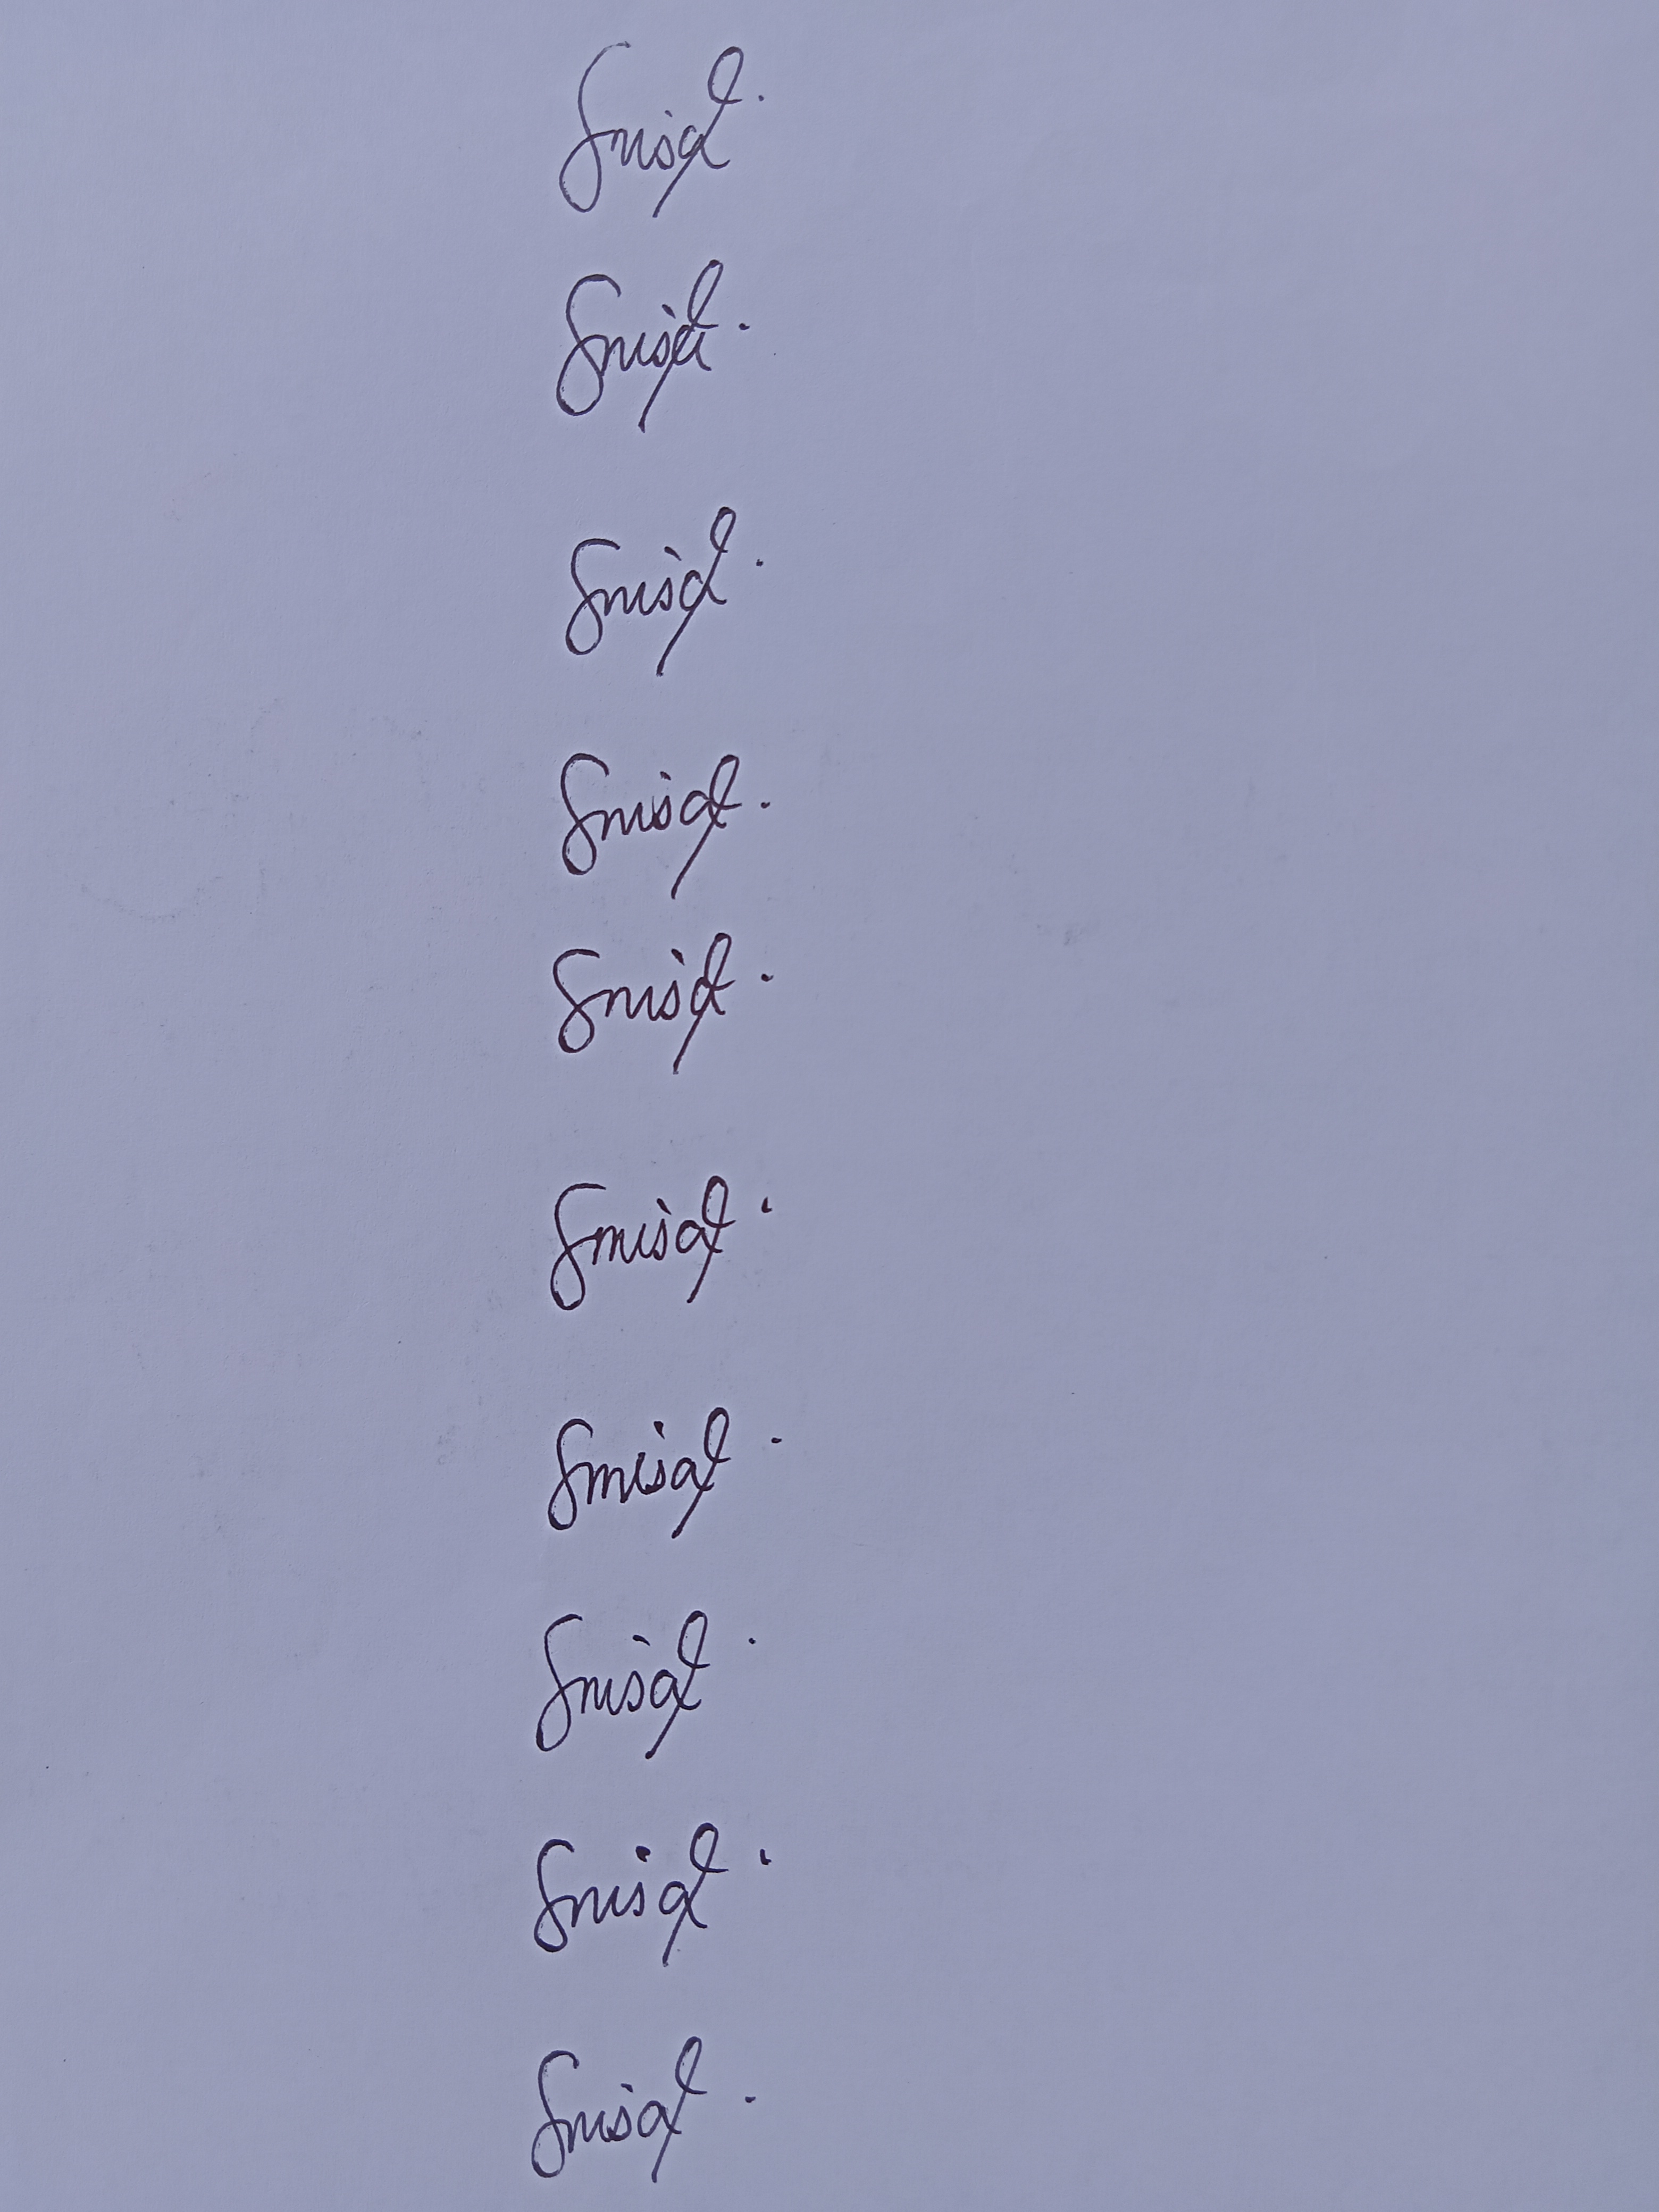
Signature authenticity: genuine